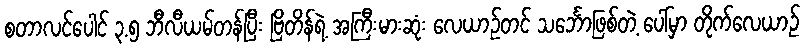
စတာလင်ပေါင် ၃.၅ ဘီလီယမ်တန်ပြီး ဗြိတိန်ရဲ့ အကြီးမားဆုံး လေယာဉ်တင် သင်္ဘောဖြစ်တဲ့ ပေါ်မှာ တိုက်လေယာဉ်